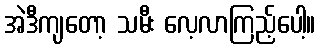
အဲဒီကျတော့ သမီး လေ့လာကြည့်ပေါ့။